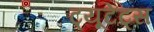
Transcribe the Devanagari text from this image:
ट्यूटेट्स